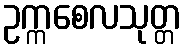
ဥက္ကစေလသုတ္တ